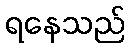
ရနေသည်